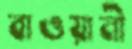
বাওয়ানী